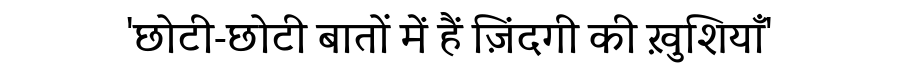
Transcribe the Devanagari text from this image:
'छोटी-छोटी बातों में हैं ज़िंदगी की ख़ुशियाँ'